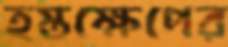
হস্তক্ষেপের